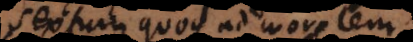
Sextum quoque ad moralem